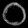
Digit: ၀